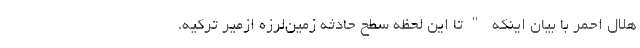
هلال احمر با بیان اینکه "تا این لحظه سطح حادثه زمین‌لرزه ازمیر ترکیه،